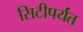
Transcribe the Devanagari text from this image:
सिटीपर्यंत